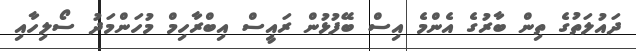
ދައުލަތުގެ ތިން ބާރުގެ އެންމެ އިސް ބޭފުޅުން ރައީސް އިބްރާހިމް މުހަންމަދު ސޯލިހާއި